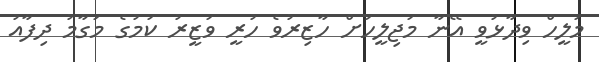
މަލީހް ވިދާޅުވީ އޭނާ މަޖިލީހަށް ހާޒިރުވެ ހުރީ ވަޒީރު ކަމުގެ މަގާމު ދިފާއު